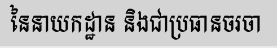
នៃនាយកដ្ឋាន និងជាប្រធានចរចា